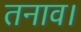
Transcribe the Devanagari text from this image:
तनाव।